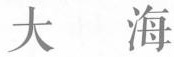
大海